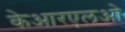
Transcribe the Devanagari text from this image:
केआरएलओ